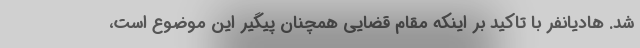
شد. هادیانفر با تاکید بر اینکه مقام قضایی همچنان پیگیر این موضوع است،